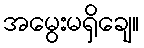
အမွေးမရှိချေ။